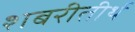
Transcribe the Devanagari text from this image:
शबरीतीर्थ